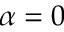
\alpha = 0